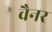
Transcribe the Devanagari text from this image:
वैनर